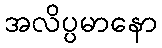
အလိပ္ပမာနော